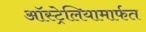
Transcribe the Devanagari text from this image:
ऑस्ट्रेलियामार्फत